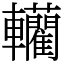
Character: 轥